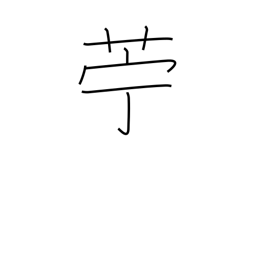
Meaning: flax